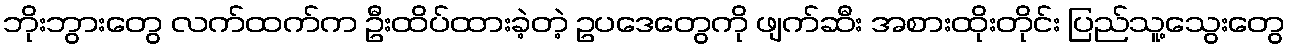
ဘိုးဘွားတွေ လက်ထက်က ဦးထိပ်ထားခဲ့တဲ့ ဥပဒေတွေကို ဖျက်ဆီး အစားထိုးတိုင်း ပြည်သူ့သွေးတွေ